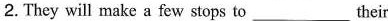
2. They will make a few stops to___their